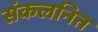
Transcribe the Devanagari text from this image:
संकलनित